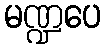
မဏ္ဍပေ